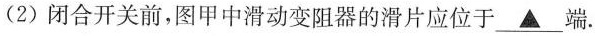
(2)闭合开关前，图甲中滑动变阻器的滑片应位于\underline{▲}端。